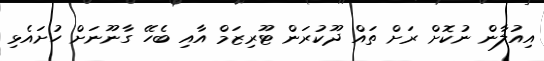
އިއުލާން ނުކޮށް ރަށް ތައް ދޫކުރަން ޓޫރިޒަމް އާއި ބެހޭ ގާނޫނަށް ހުށައެޅި